Annual administration report of the Civil Veterinary Department of India - 1898-1899
Year: 1898
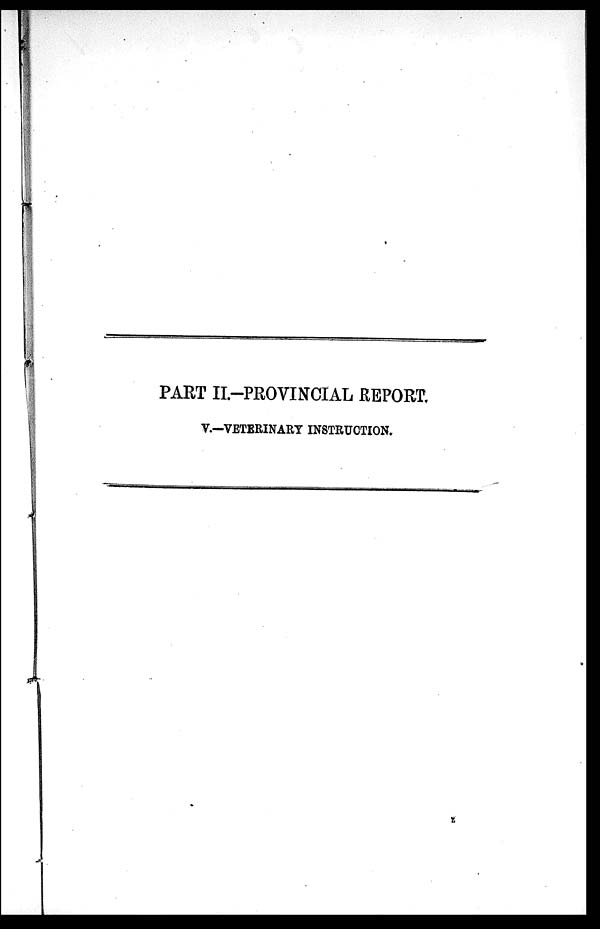
PART II.-PROVINCIAL REPORT.
V.—VETERINARY INSTRUCTION.